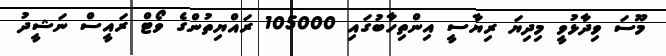
މޫސަ ވިދާޅުވީ މިދިޔަ ރިޔާސީ އިންތިހާބުގައި 105000 ރައްޔިތުންގެ ވޯޓް ރައީސް ނަޝީދު